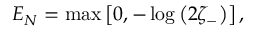
E _ { N } = \operatorname* { m a x } \left[ 0 , - \log \left( 2 \zeta _ { - } \right) \right] ,